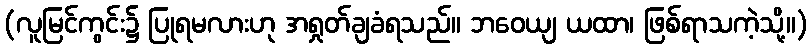
(လူမြင်ကွင်း၌ ပြုရမလားဟု အရှုတ်ချခံရသည်။ ဘဝေယျ ယထာ၊ ဖြစ်ရာသကဲ့သို့။)